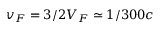
v _ { F } = 3 / 2 V _ { F } \simeq 1 / 3 0 0 c